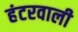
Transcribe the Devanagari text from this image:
हंटरवाली